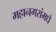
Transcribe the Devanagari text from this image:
महानगरांमधे